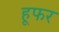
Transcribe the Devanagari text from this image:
हूफर